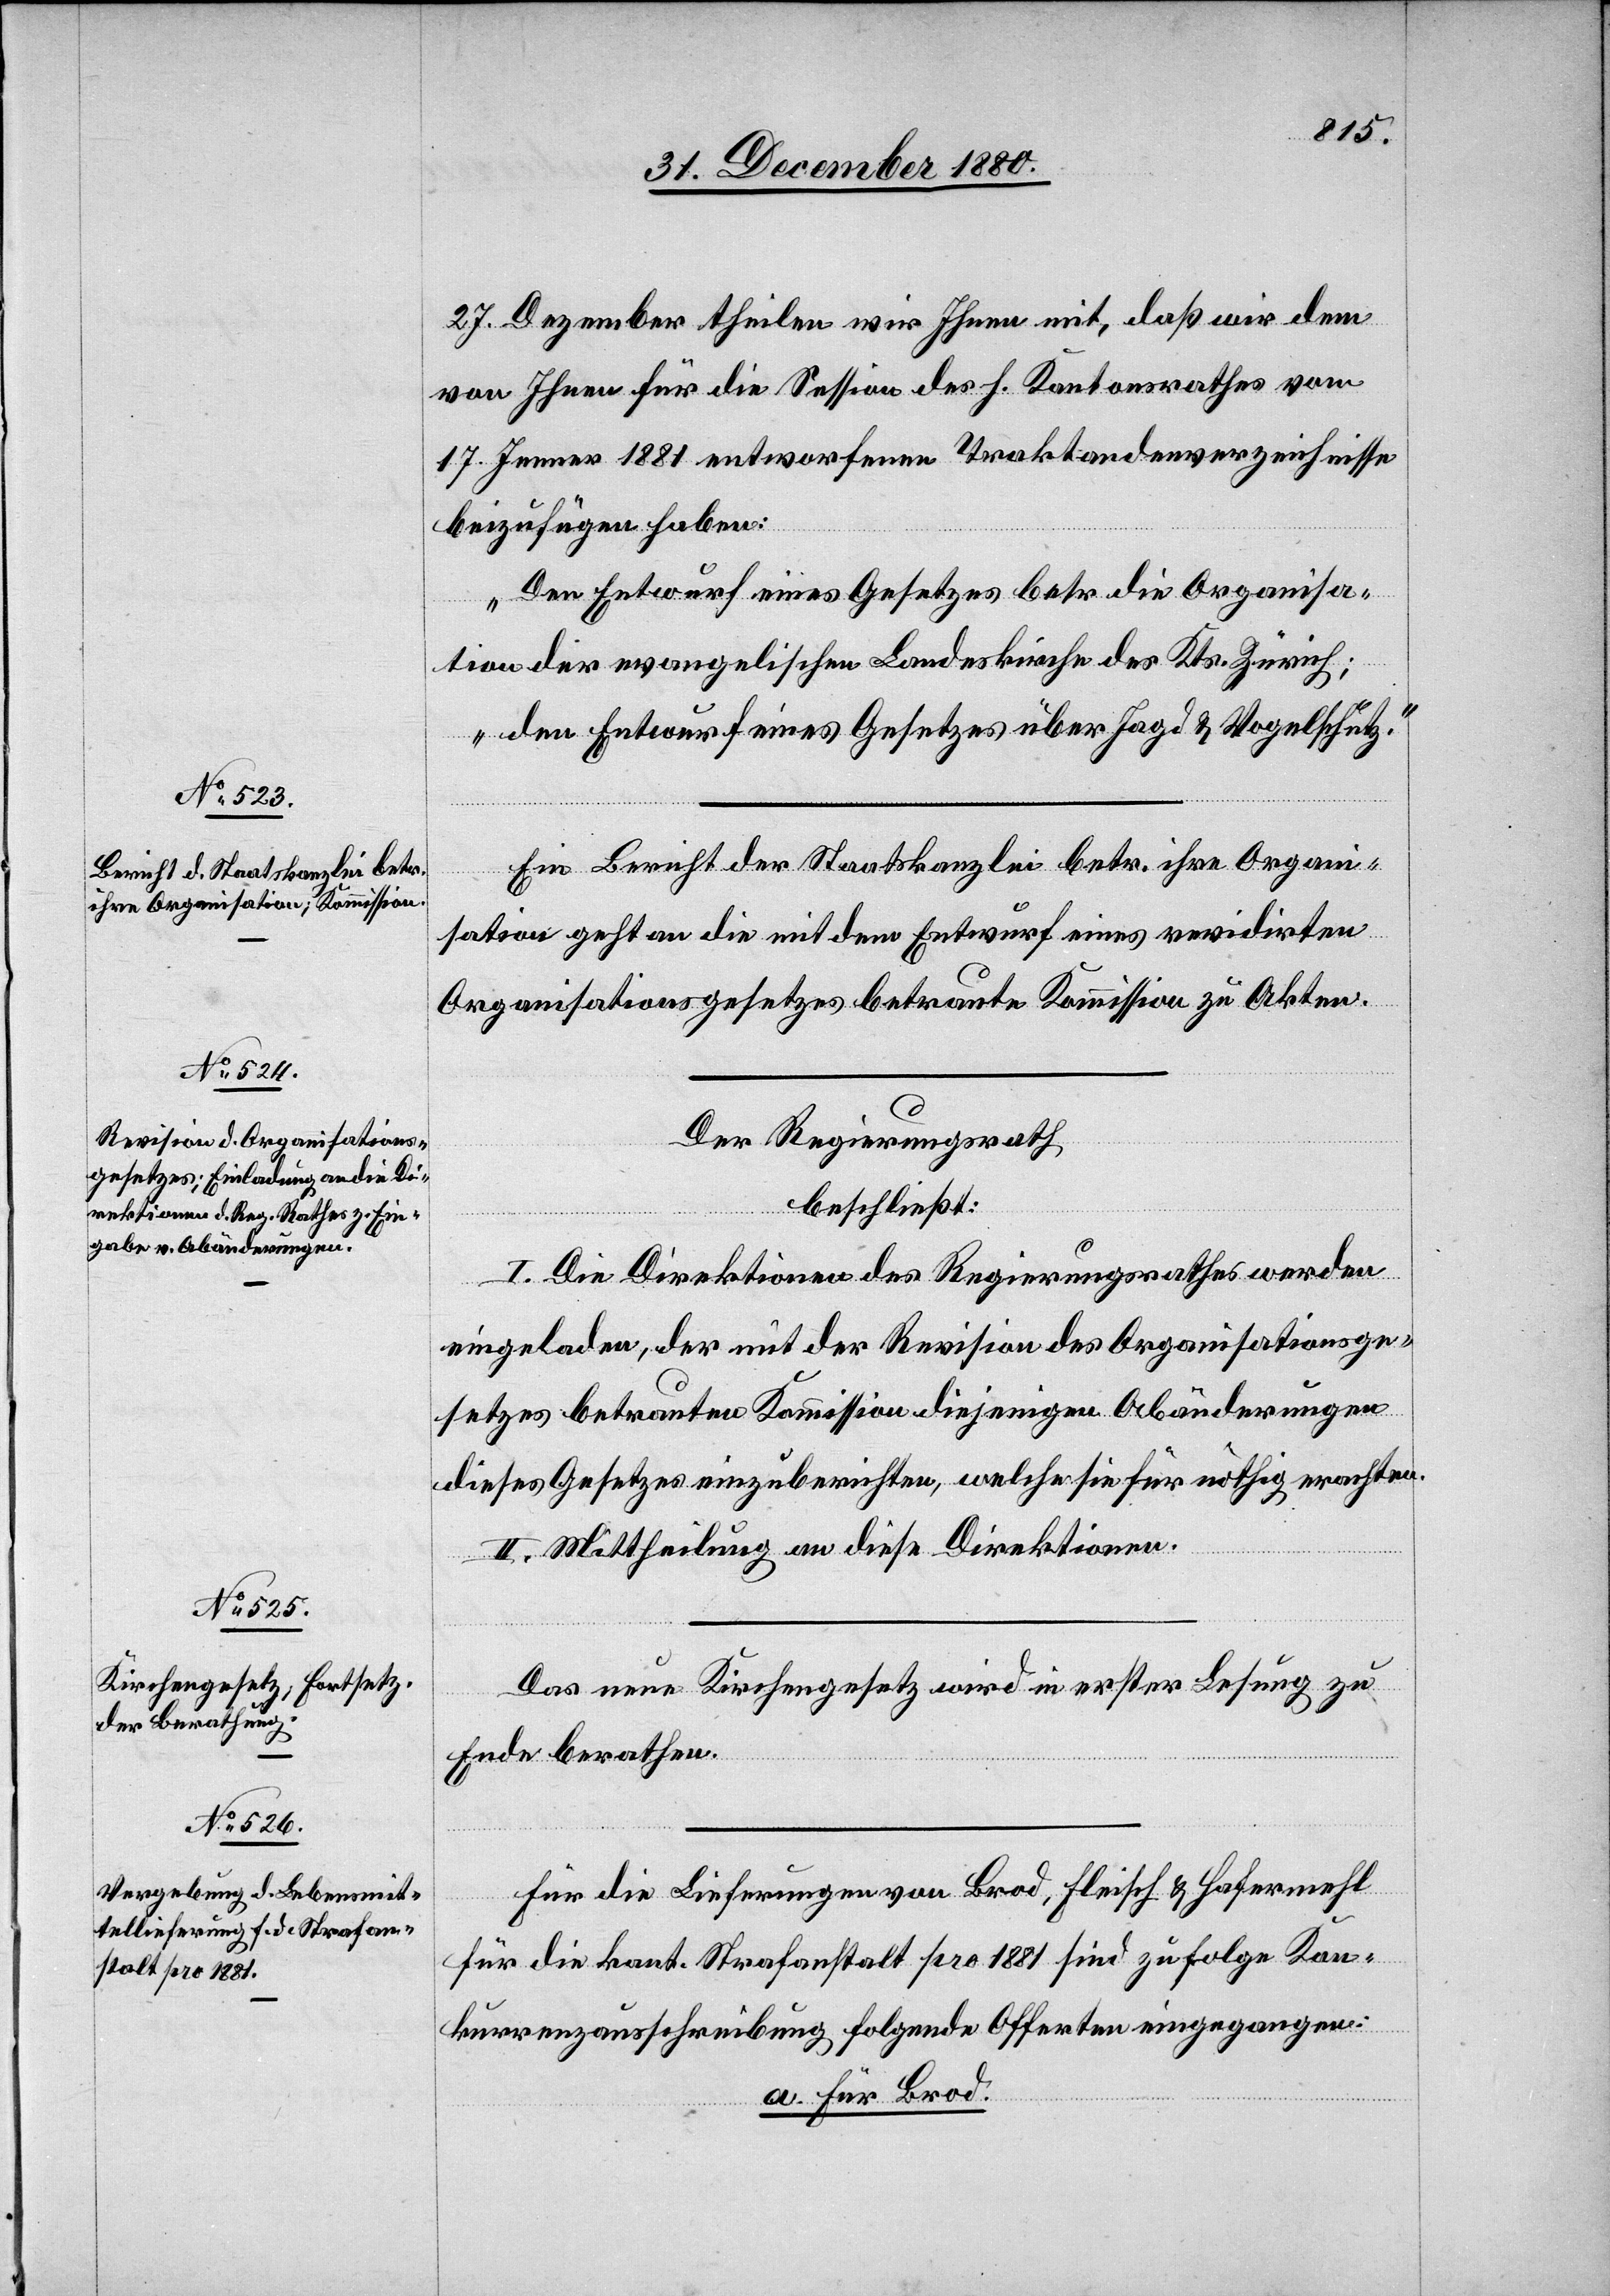
27. Dezember theilen wir Ihnen mit, daß wir dem
von Ihnen für die Session des h. Kantonsrathes vom
17. Jenner 1881 entworfenen Traktandenverzeichnisse
beizufügen haben:
„Den Entwurf eines Gesetzes betr. die Organisa¬
tion der evangelischen Landeskirche des Kts. Zürich;
den Entwurf eines Gesetzes über Jagd & Vogelschutz.“
Ein Bericht der Staatskanzlei betr. ihre Organi¬
sation geht an die mit dem Entwurf eines revidirten
Organisationsgesetzes betraute Kommission zu Akten.
Der Regierungsrath
beschließt:
I. Die Direktionen des Regierungsrathes werden
eingeladen, der mit der Revision des Organisationsge¬
setzes betrauten Kommission diejenigen Abänderungen
dieses Gesetzes einzuberichten, welche sie für nöthig erachten.
II. Mittheilung an diese Direktion.
Das neue Kirchengesetz wird in erster Lesung zu
Ende berathen.
Für die Lieferungen Brod, Fleisch & Hafermehl
für die kant. Strafanstalt pro 1881 sind zu folge Kon¬
kurrenzausschreibung folgende Offerte eingegangen:
a. Für Brod